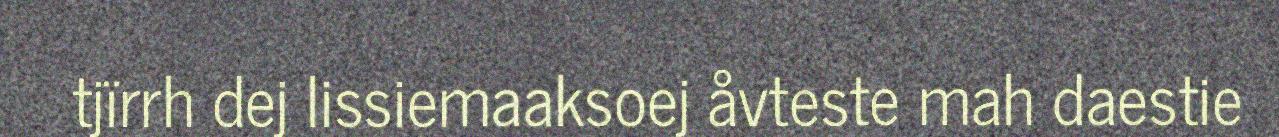
tjïrrh dej lissiemaaksoej åvteste mah daestie